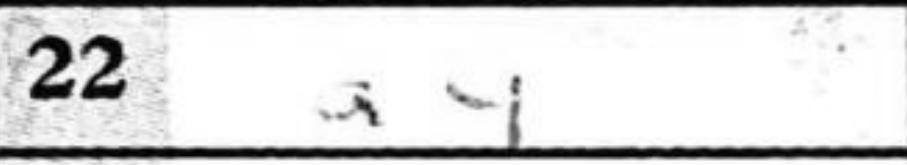
Transcription: a4